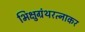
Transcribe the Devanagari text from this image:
भिक्षुग्रंथरत्नाकर